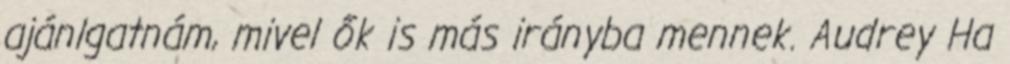
ajánlgatnám, mivel ők is más irányba mennek. Audrey Ha